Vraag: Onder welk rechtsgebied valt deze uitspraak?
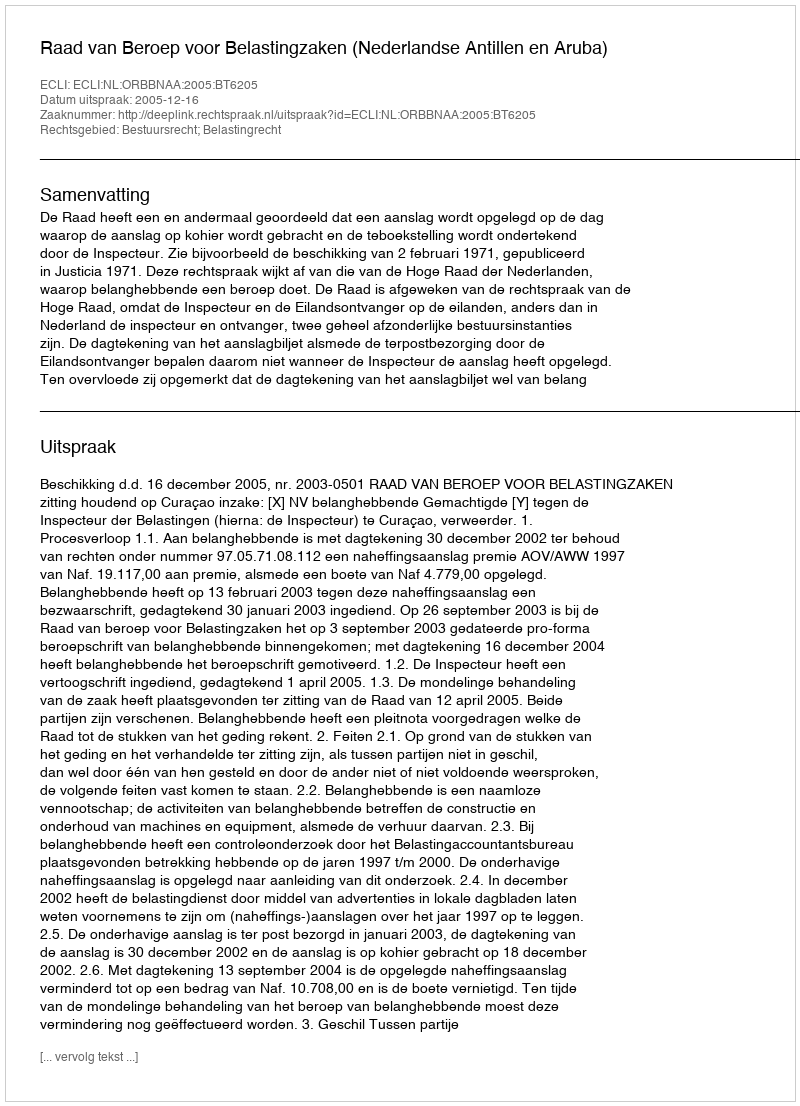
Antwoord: Bestuursrecht; Belastingrecht